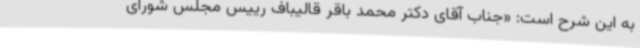
به این شرح است: «جناب آقای دکتر محمد باقر قالیباف رییس مجلس شورای